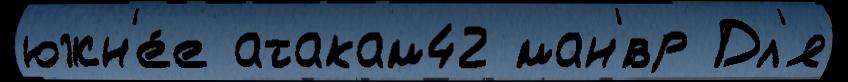
южн'е́е атакам42 ман'́вр Дл'я